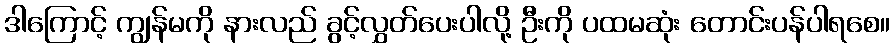
ဒါကြောင့် ကျွန်မကို နားလည် ခွင့်လွှတ်ပေးပါလို့ ဦးကို ပထမဆုံး တောင်းပန်ပါရစေ။